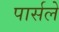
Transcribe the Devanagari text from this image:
पार्सले